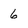
Character: 6